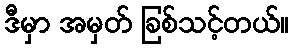
ဒီမှာ အမှတ် ခြစ်သင့်တယ်။